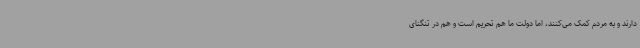
دارند و به مردم کمک می‌کنند، اما دولت ما هم تحریم است و هم در تنگنای